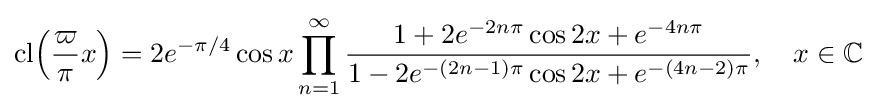
\mathrm {cl} {\Bigl (}{\frac {\varpi }{\pi }}x{\Bigr )}=2e^{-\pi /4}\cos x\prod _{n=1}^{\infty }{\frac {1+2e^{-2n\pi }\cos 2x+e^{-4n\pi }}{1-2e^{-(2n-1)\pi }\cos 2x+e^{-(4n-2)\pi }}},\quad x\in \mathbb {C}